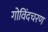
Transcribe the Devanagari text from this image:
गोविंदचरण